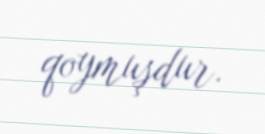
qoymuşdur.